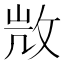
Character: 𢼸